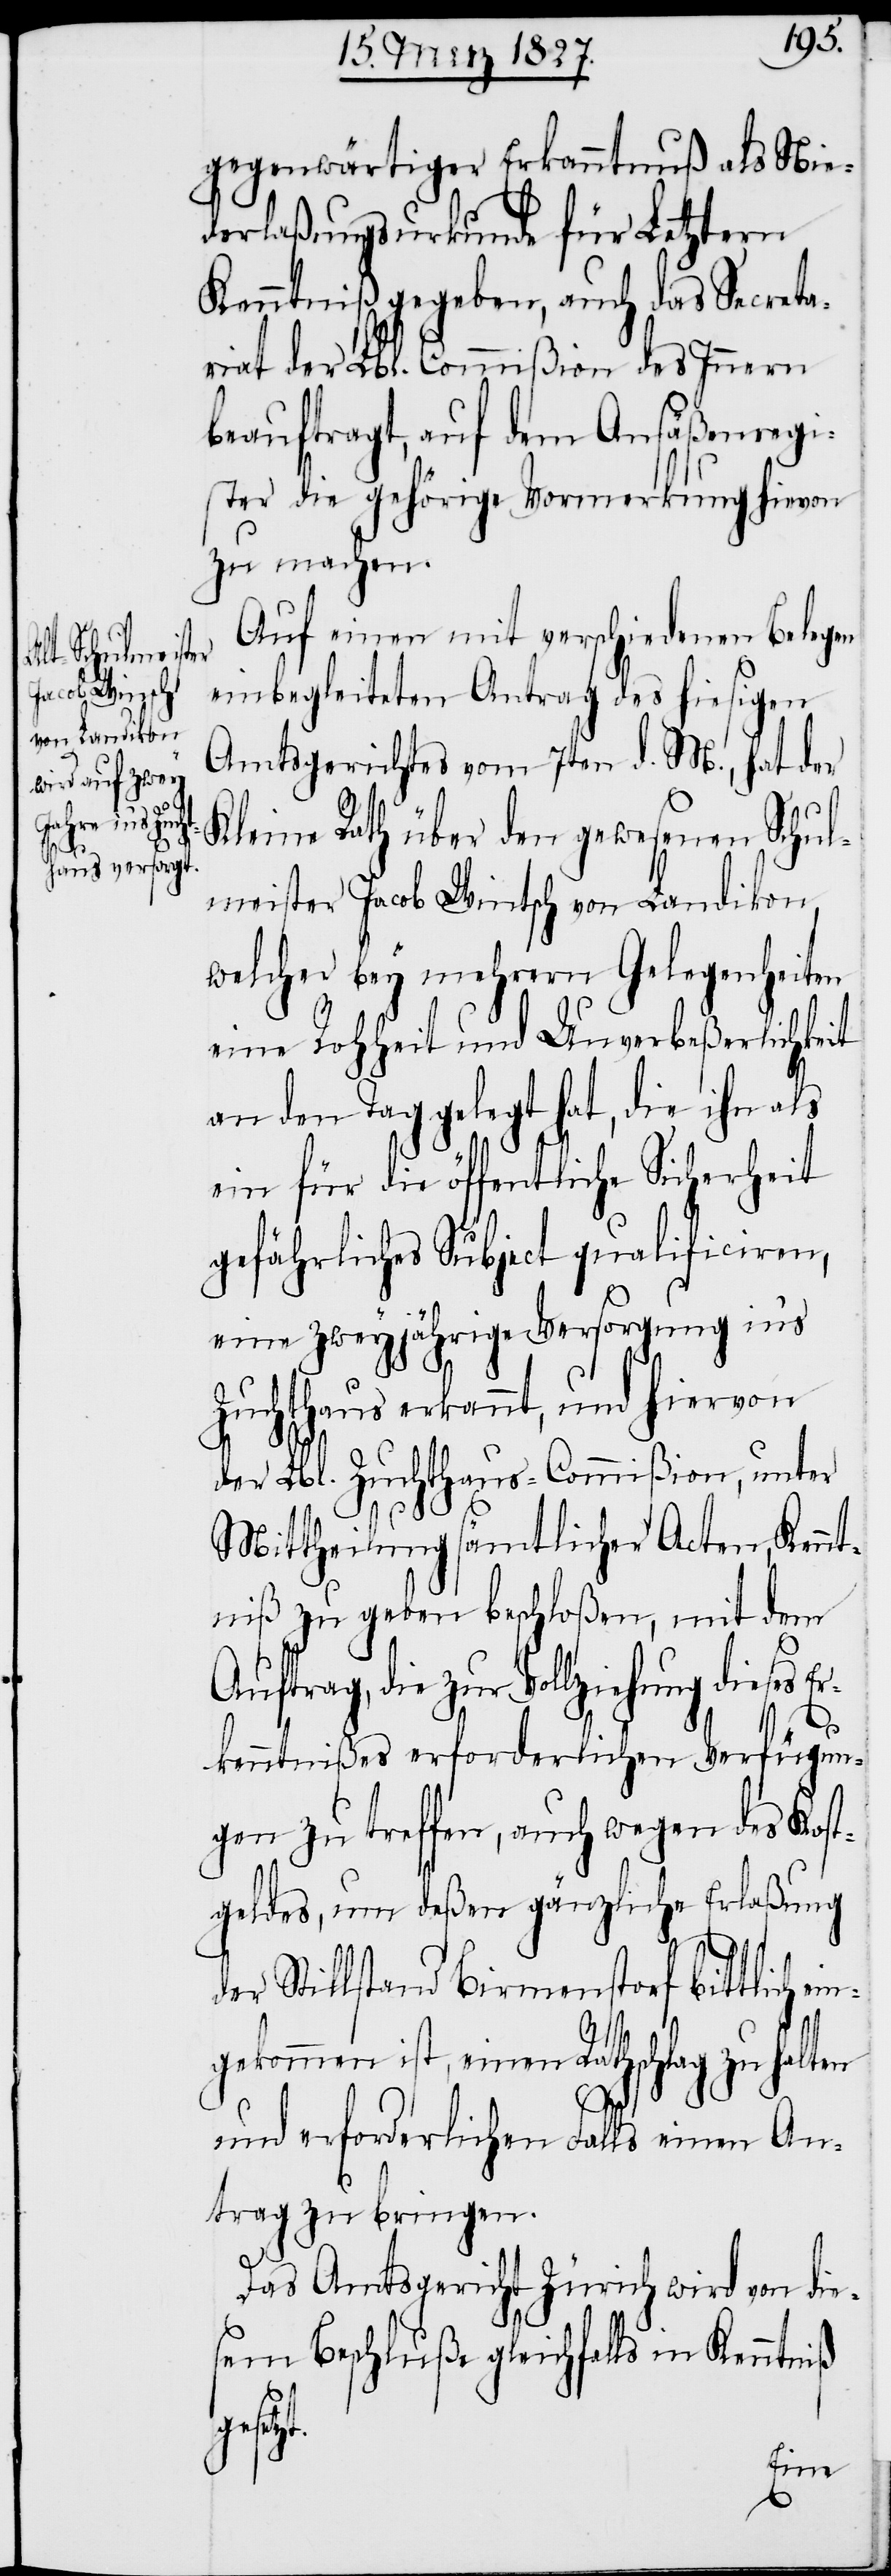
Jacob Wint¬
von Landikon,
mei¬

sch

gegenwärtiger Erkanntnuß als Nie¬
derlaßungsurkunde für Letztern
Kenntniß gegeben, auch das Secreta¬
riat der Lbl. Commißion des Innern
beauftragt, auf dem Ansäßenregi¬
ster die gehörige Vormerkung hievon
zu machen.
Auf einen mit verschiedenen Belegen
einbegleiteten Antrag des hiesigen
Amtsgerichtes vom 7ten d. M., hat der
Kleine Rath über den gewesenen Schul¬
welcher bey mehrern Gelegenheiten
eine Rohheit und Unverbeßerlichkeit
an den Tag gelegt hat, die ihn als
ein für die öffentliche Sicherheit
gefährliches Subject qualificiren,
eine zweyjährige Versorgung in’s
Zuchthaus erkannt, und hiervon
der Lbl. Zuchthaus-Commißion, unter
Mittheilung sämtlicher Acten, Kennt¬
niß zu geben beschloßen, mit dem
Auftrag, die zur Vollziehung dieses
Er¬
kenntnißes erforderlichen Verfügun¬
gen zu treffen, auch wegen des Kost¬
geldes, um deßen gänzliche Erlaßung
der Stillstand Birmenstorf bittlich ei¬
ngekommen ist, einen Rathschlag zu halten
und erforderlichen Falls einen An¬
trag zu bringen.
Das Amtsgericht Zürich wird von die¬
sem Beschluß gleichfalls in Kenntniß
etzt.